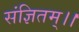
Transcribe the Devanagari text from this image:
संज्ञितम्।।